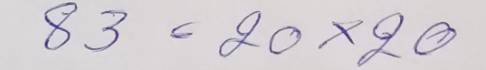
83 = 20 x 20